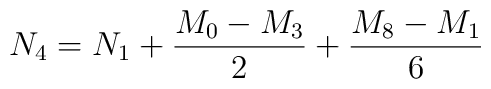
N_4 = N_1 +{{M_0-M_3}\over 2}+{{M_8-M_1}\over 6}